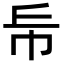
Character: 𢁹